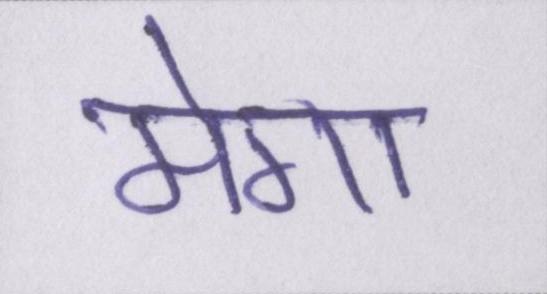
मेगा